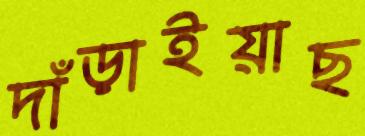
দাঁড়াইয়াছ